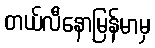
တယ်လီနောမြန်မာမှ